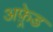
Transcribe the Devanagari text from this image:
अफ़्रेड